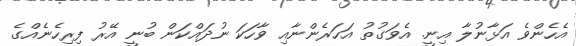
އެހެންވެ އަޅާނުލާ އިނީ. އެވަގުތު އަހަރެންނާއި ވާހަކަ ނުދައްކަން ބުނީ އޭރު ފިރިހެނެއްގެ